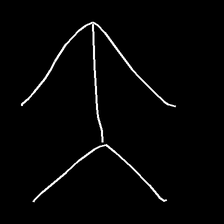
Glyph: gather